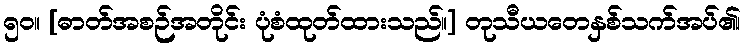
၅၀။ [ဓာတ်အစဉ်အတိုင်း ပုံစံထုတ်ထားသည်။] တုသီယတေနှစ်သက်အပ်၏၊